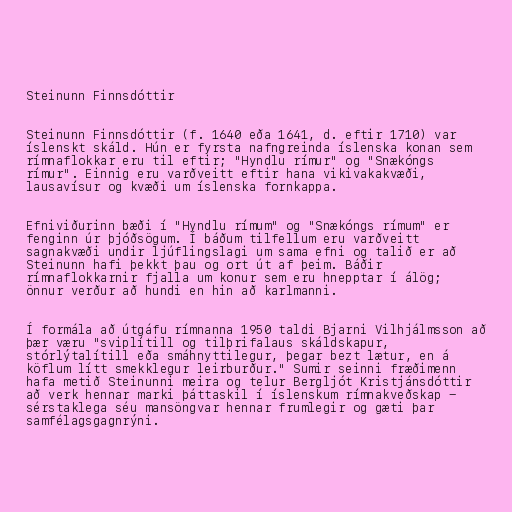
Steinunn Finnsdóttir

Steinunn Finnsdóttir (f. 1640 eða 1641, d. eftir 1710) var
íslenskt skáld. Hún er fyrsta nafngreinda íslenska konan sem
rímnaflokkar eru til eftir; "Hyndlu rímur" og "Snækóngs
rímur". Einnig eru varðveitt eftir hana vikivakakvæði,
lausavísur og kvæði um íslenska fornkappa.

Efniviðurinn bæði í "Hyndlu rímum" og "Snækóngs rímum" er
fenginn úr þjóðsögum. Í báðum tilfellum eru varðveitt
sagnakvæði undir ljúflingslagi um sama efni og talið er að
Steinunn hafi þekkt þau og ort út af þeim. Báðir
rímnaflokkarnir fjalla um konur sem eru hnepptar í álög;
önnur verður að hundi en hin að karlmanni.

Í formála að útgáfu rímnanna 1950 taldi Bjarni Vilhjálmsson að
þær væru "sviplítill og tilþrifalaus skáldskapur,
stórlýtalítill eða smáhnyttilegur, þegar bezt lætur, en á
köflum lítt smekklegur leirburður." Sumir seinni fræðimenn
hafa metið Steinunni meira og telur Bergljót Kristjánsdóttir
að verk hennar marki þáttaskil í íslenskum rímnakveðskap -
sérstaklega séu mansöngvar hennar frumlegir og gæti þar
samfélagsgagnrýni.